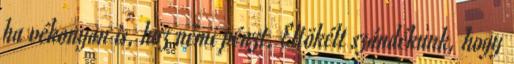
ha vékonyan is, hoz némi pénzt. Eltökélt szándékunk, hogy